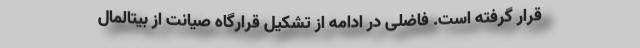
قرار گرفته است. فاضلی در ادامه از تشکیل قرارگاه صیانت از بیتالمال